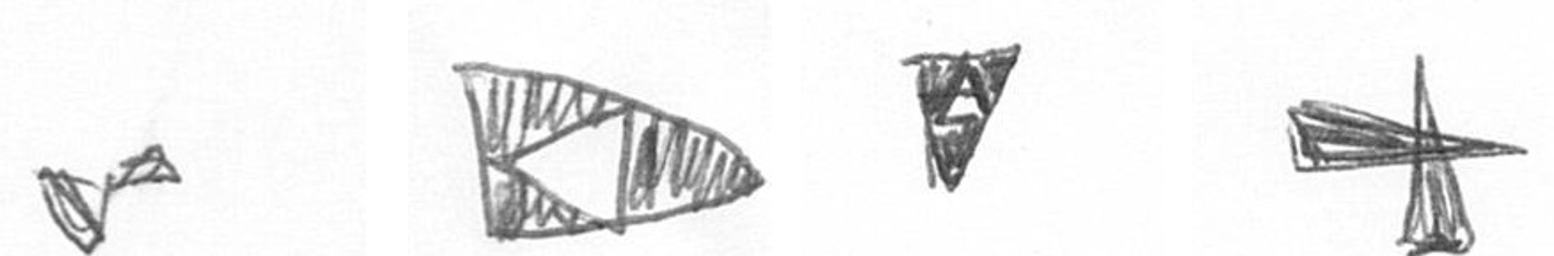
F K S G